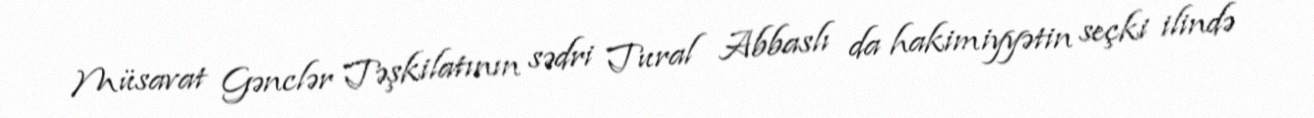
Müsavat Gənclər Təşkilatının sədri Tural Abbaslı da hakimiyyətin seçki ilində